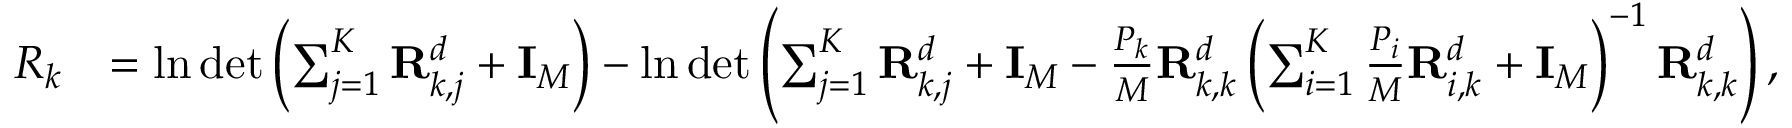
\begin{array} { r l } { R _ { k } } & { = \ln \operatorname* { d e t } \left( \sum _ { j = 1 } ^ { K } { \uppercase { \mathbf { R } } } _ { k , j } ^ { d } + { \uppercase { \mathbf { I } } } _ { M } \right) - \ln \operatorname* { d e t } \left( \sum _ { j = 1 } ^ { K } { \uppercase { \mathbf { R } } } _ { k , j } ^ { d } + { \uppercase { \mathbf { I } } } _ { M } - { \frac { P _ { k } } { M } } { \uppercase { \mathbf { R } } } _ { k , k } ^ { d } \left( \sum _ { i = 1 } ^ { K } { \frac { P _ { i } } { M } } { \uppercase { \mathbf { R } } } _ { i , k } ^ { d } + { \uppercase { \mathbf { I } } } _ { M } \right) ^ { - 1 } { \uppercase { \mathbf { R } } } _ { k , k } ^ { d } \right) , } \end{array}